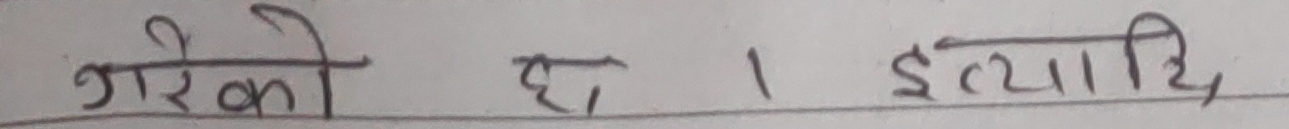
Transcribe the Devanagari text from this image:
गरेको छ । इत्यादि,